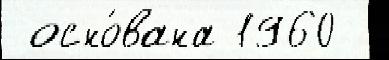
 осно́вана 1960